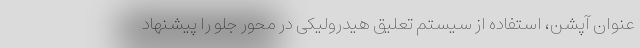
عنوان آپشن، استفاده از سیستم تعلیق هیدرولیکی در محور جلو را پیشنهاد